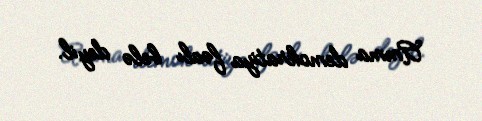
Amma demokratiya fəalı belə deyil.